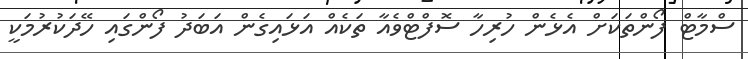
ސްމާޓް ފޯންތަކަށް އެޅެން ހުރިހާ ސޮފްޓްވެއާ ތަކެއް އަޅައިގެން އަބަދު ފޯންގައި ހޭދަކުރުމަކީ